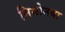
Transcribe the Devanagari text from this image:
निमोनया